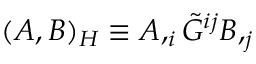
( A , B ) _ { \cal H } \equiv A , _ { i } \tilde { G } ^ { i j } B , _ { j }